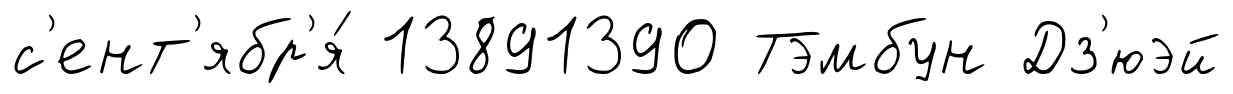
с'ент'ябр'я́ 13891390 Тэмбун Дз'юэй